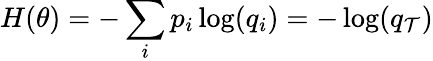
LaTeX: H(\theta)=-\sum_{i}p_{i}\log(q_{i})=-\log(q_{\mathcal{T}})